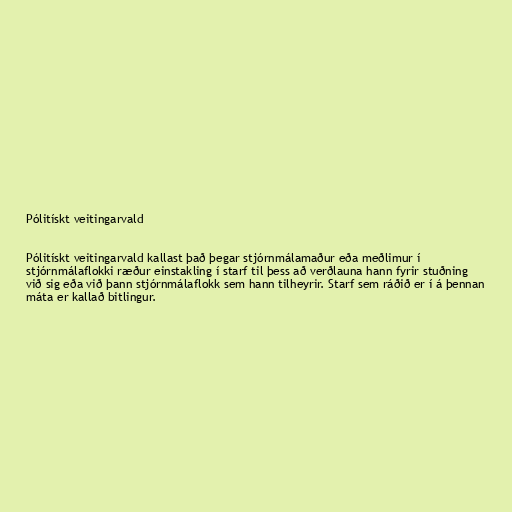
Pólitískt veitingarvald

Pólitískt veitingarvald kallast það þegar stjórnmálamaður eða meðlimur í
stjórnmálaflokki ræður einstakling í starf til þess að verðlauna hann fyrir stuðning
við sig eða við þann stjórnmálaflokk sem hann tilheyrir. Starf sem ráðið er í á þennan
máta er kallað bitlingur.